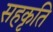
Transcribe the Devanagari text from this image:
सहकृति